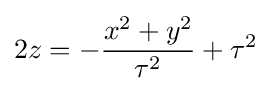
2z=-{\frac {x^{2}+y^{2}}{\tau ^{2}}}+\tau ^{2}